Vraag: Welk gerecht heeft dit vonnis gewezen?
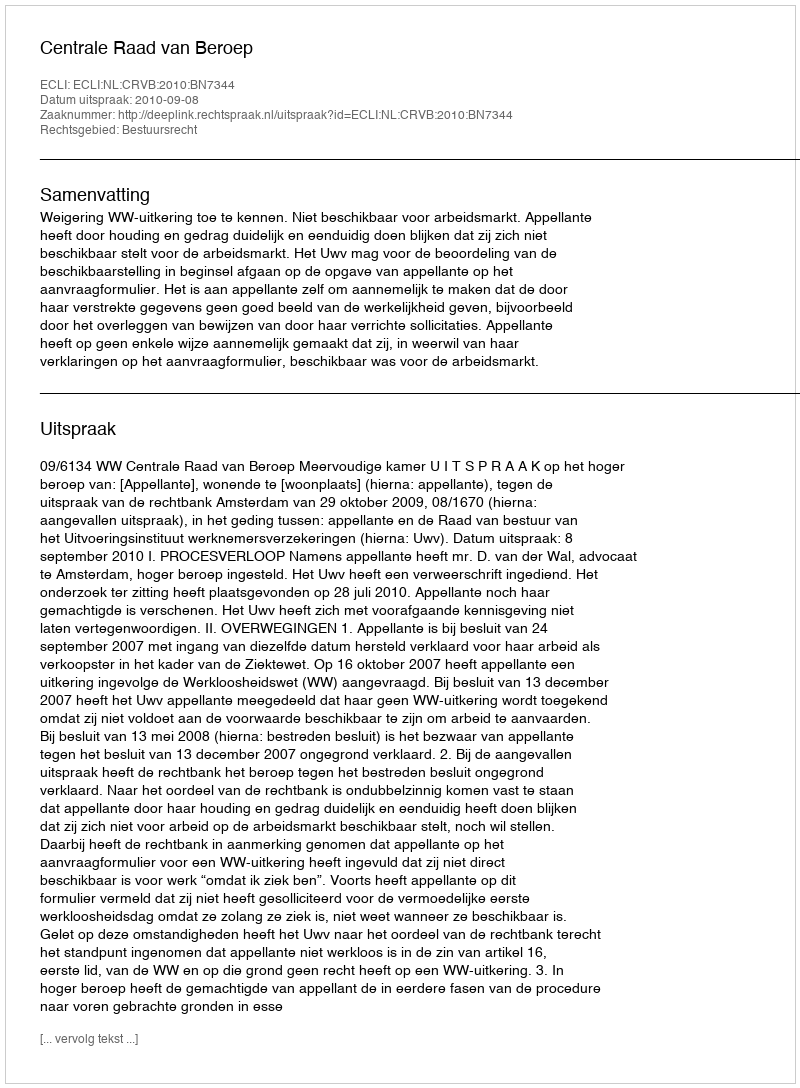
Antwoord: Centrale Raad van Beroep